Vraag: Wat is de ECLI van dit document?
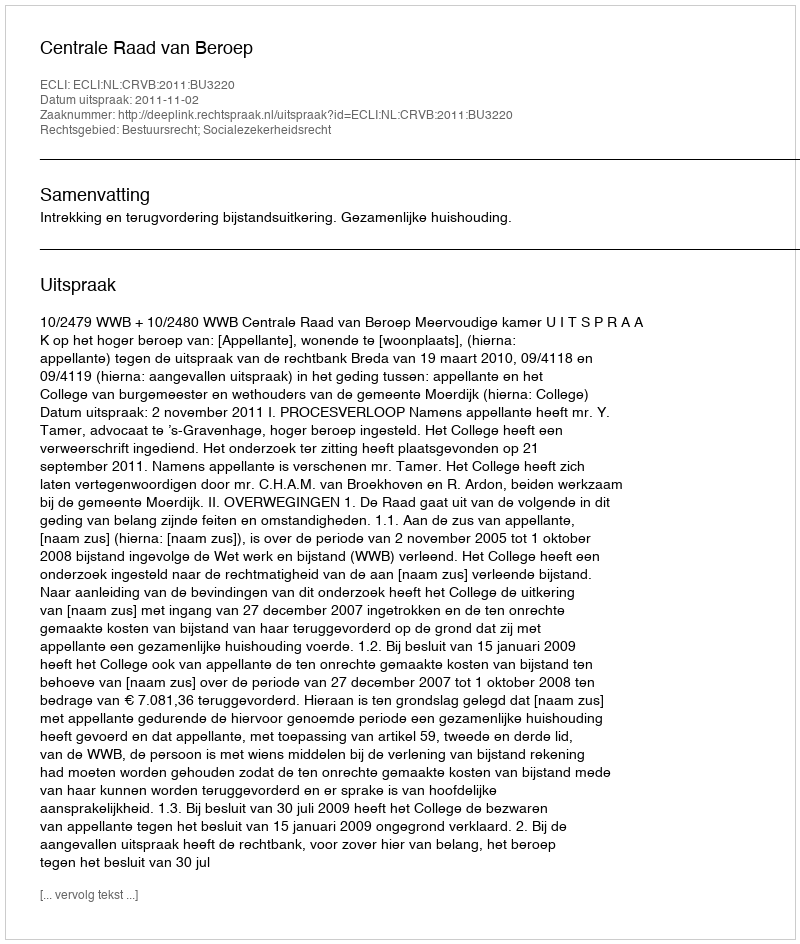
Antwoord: ECLI:NL:CRVB:2011:BU3220